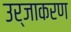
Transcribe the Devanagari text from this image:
उर्जाकरण